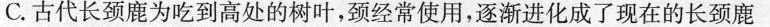
C.古代长颈鹿为吃到高处的树叶，颈经常使用，逐渐进化成了现在的长颈鹿